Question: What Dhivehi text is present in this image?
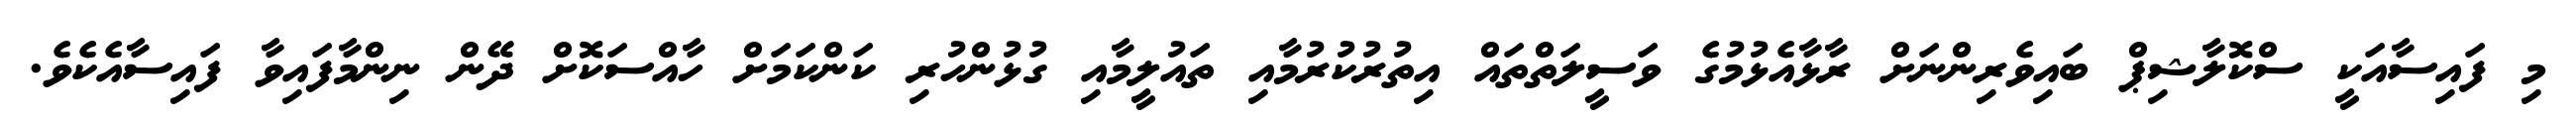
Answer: މި ފައިސާއަކީ ސްކޮލާޝިޕް ބައިވެރިންނަށް ރާޅާއެޅުމުގެ ވަސީލަތްތައް އިތުރުކުރުމާއި ތައުލީމާއި ގުޅުންހުރި ކަންކަމަށް ހާއްސަކޮށް ދޭން ނިންމާފައިވާ ފައިސާއެކެވެ.